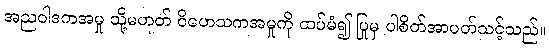
အညဝါဒကအမှု သို့မဟုတ် ဝိဟေသကအမှုကို ထပ်မံ၍ ပြုမှ ပါစိတ်အာပတ်သင့်သည်။